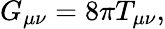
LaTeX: G_{\mu\nu}=8\pi T_{\mu\nu},